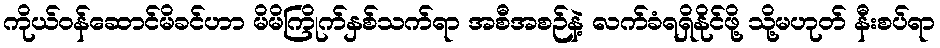
ကိုယ်ဝန်ဆောင်မိခင်ဟာ မိမိကြိုက်နှစ်သက်ရာ အစီအစဉ်နဲ့ လက်ခံရရှိနိုင်ဖို့ သို့မဟုတ် နီးစပ်ရာ